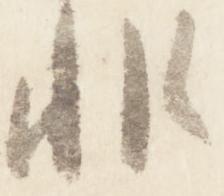
非